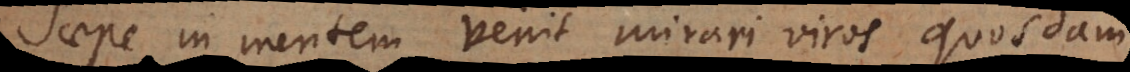
Saepe in mentem venit mirari viros quosdam